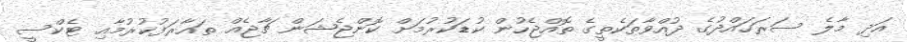
އަދި މާލެ ސަރަހައްދުގެ ދުއްވާތަކެތީގެ ތޮއްޖެހުން ކުޑަކުރުމަށް ކޮންޖެޝަން ޗާޖެއް ތައާރަފުކުރުމާއި ޓެކްސީ